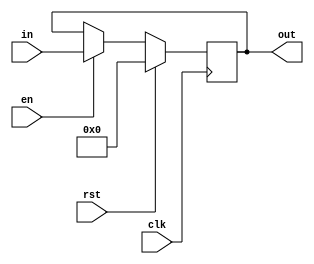
`timescale 1ns / 1ps
//////////////////////////////////////////////////////////////////////////////////
// Company: 
// Engineer: 
// 
// Design Name: 
// Module Name: reg_8b
// Project Name: 
// Target Devices: 
// Tool Versions: 
// Description: 
// 
// Dependencies: 
// 
// Revision:
// Revision 0.01 - File Created
// Additional Comments:
// 
//////////////////////////////////////////////////////////////////////////////////


module reg_8b(output reg [7:0] out,
              input[7:0] in,
              input en,rst,clk          
   
    );
    
    always @(posedge clk)
     if (rst) out<=0;
     else if(en)  out<=in;
     else out<=out;
   
endmodule